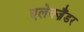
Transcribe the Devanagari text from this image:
एलेक्ज़ैंडर